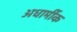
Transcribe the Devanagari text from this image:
अधार्मीक